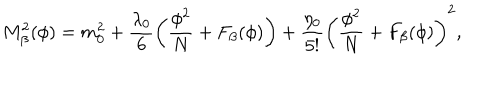
LaTeX: M _ { \beta } ^ { 2 } ( \phi ) = m _ { 0 } ^ { 2 } + \frac { \lambda _ { 0 } } { 6 } \left( \frac { \phi ^ { 2 } } { N } + F _ { \beta } ( \phi ) \right) + \frac { \eta _ { 0 } } { 5 ! } \left( \frac { \phi ^ { 2 } } { N } + F _ { \beta } ( \phi ) \right) ^ { 2 } ,